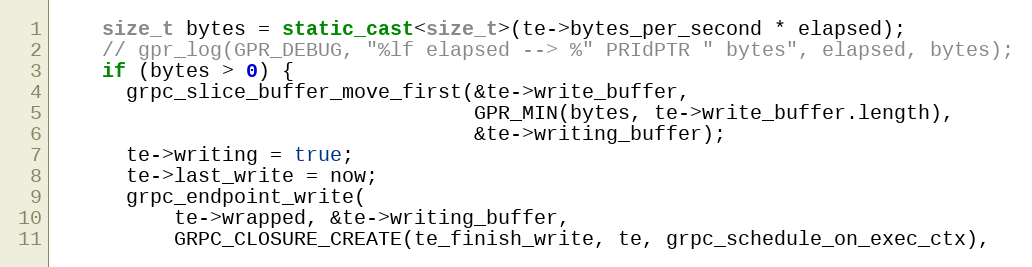
Language: C++
    size_t bytes = static_cast<size_t>(te->bytes_per_second * elapsed);
    // gpr_log(GPR_DEBUG, "%lf elapsed --> %" PRIdPTR " bytes", elapsed, bytes);
    if (bytes > 0) {
      grpc_slice_buffer_move_first(&te->write_buffer,
                                   GPR_MIN(bytes, te->write_buffer.length),
                                   &te->writing_buffer);
      te->writing = true;
      te->last_write = now;
      grpc_endpoint_write(
          te->wrapped, &te->writing_buffer,
          GRPC_CLOSURE_CREATE(te_finish_write, te, grpc_schedule_on_exec_ctx),